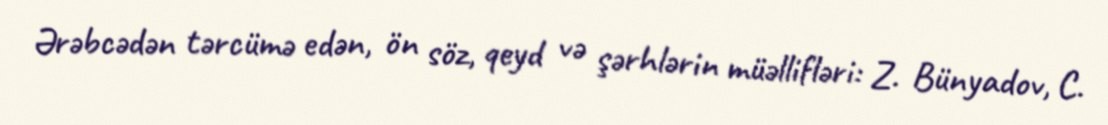
Ərəbcədən tərcümə edən, ön söz, qeyd və şərhlərin müəllifləri: Z. Bünyadov, C.